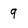
Character: 9